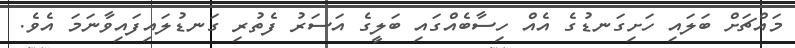
މައްޗަށް ބަލައި ހަށިގަނޑުގެ އެއް ހިސާބެއްގައި ބަލީގެ އަސަރު ފެތުރި ގަނޑުލައިފައިވާނަމަ އެވެ.